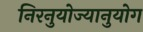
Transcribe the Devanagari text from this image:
निरनुयोज्यानुयोग